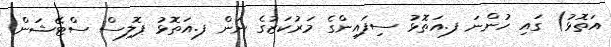
އަތޮޅު) ގައި ހުންނަ ފ.އަތޮޅު ސިފައިންގެ މަރުކަޒުގެ ނަން ފ.އަތޮޅު ޕޮލިސް ސްޓޭޝަން